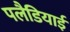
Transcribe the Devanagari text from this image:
पलैडियाई